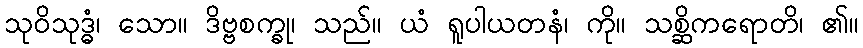
သုဝိသုဒ္ဓံ၊ သော။ ဒိဗ္ဗစက္ခု၊ သည်။ ယံ ရူပါယတနံ၊ ကို။ သစ္ဆိကရောတိ၊ ၏။